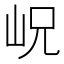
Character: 岲